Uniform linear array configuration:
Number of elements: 12
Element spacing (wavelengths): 1
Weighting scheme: hamming
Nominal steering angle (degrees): -15
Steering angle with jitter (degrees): -14.461
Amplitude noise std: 0.05
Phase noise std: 0.05

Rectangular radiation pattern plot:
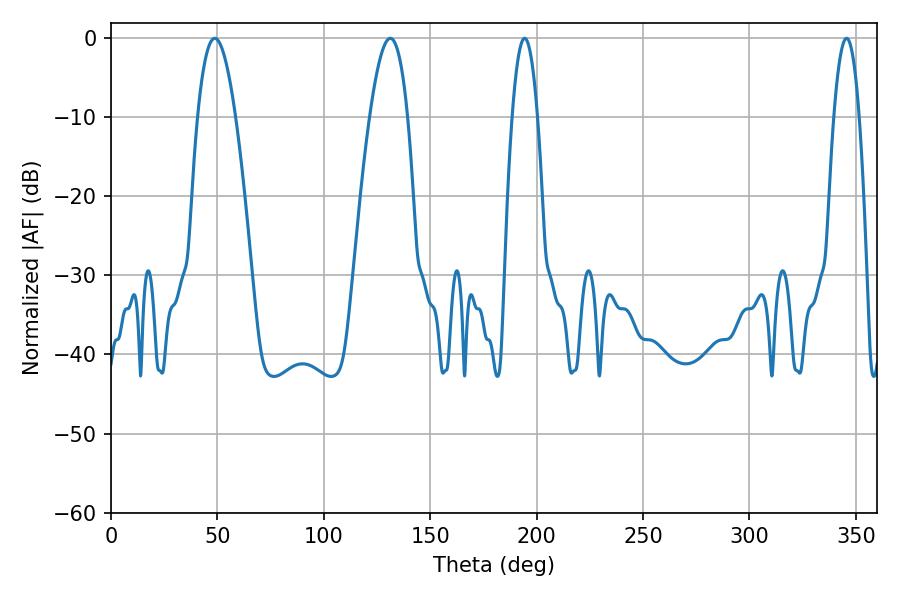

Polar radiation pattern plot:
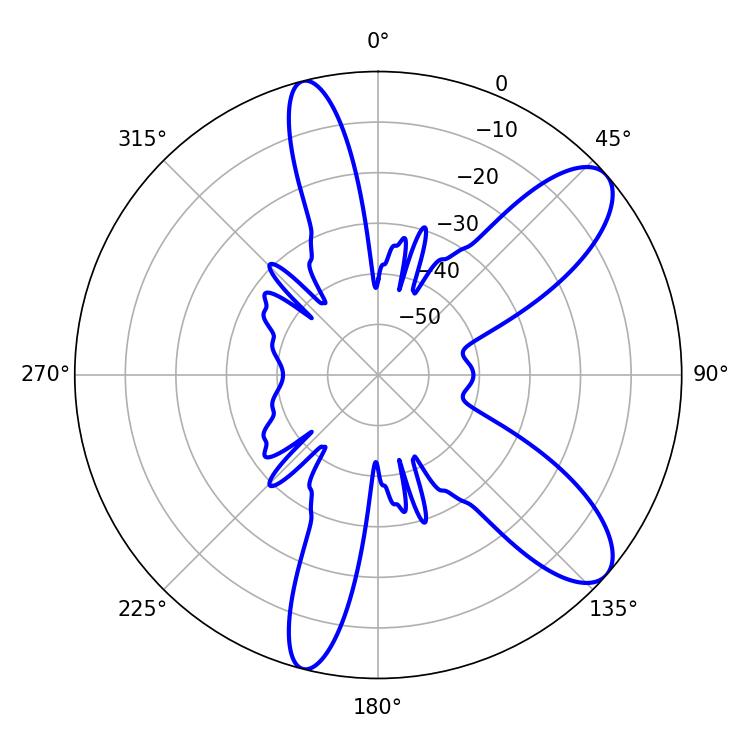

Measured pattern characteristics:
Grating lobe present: TRUE
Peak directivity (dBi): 9.661
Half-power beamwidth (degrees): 9.72
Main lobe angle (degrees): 48.78